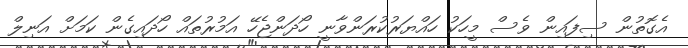
އެގޮތުން ސިފައިން ވެސް މީހަކު ހައްޔަރުކުރަންވާނީ ހޯދަންޖެހޭ އަމުރުތައް ހޯދައިގެން ކަމަށް އަނިލް